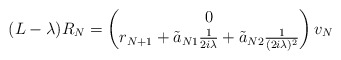
\begin{align*}(L-\lambda)R_N= \begin{pmatrix}0\\ r_{N+1}+ {\tilde a}_{N1}\frac{1}{2i\lambda} + {\tilde a}_{N2}\frac{1}{(2i\lambda)^2}\end{pmatrix}v_N\end{align*}